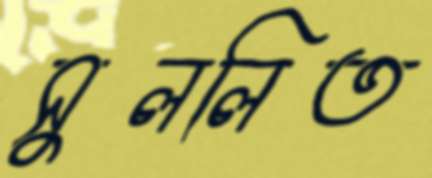
সুললিত